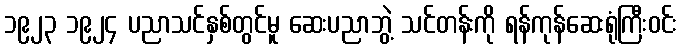
၁၉၂၃ ၁၉၂၄ ပညာသင်နှစ်တွင်မူ ဆေးပညာဘွဲ့ သင်တန်းကို ရန်ကုန်ဆေးရုံကြီးဝင်း